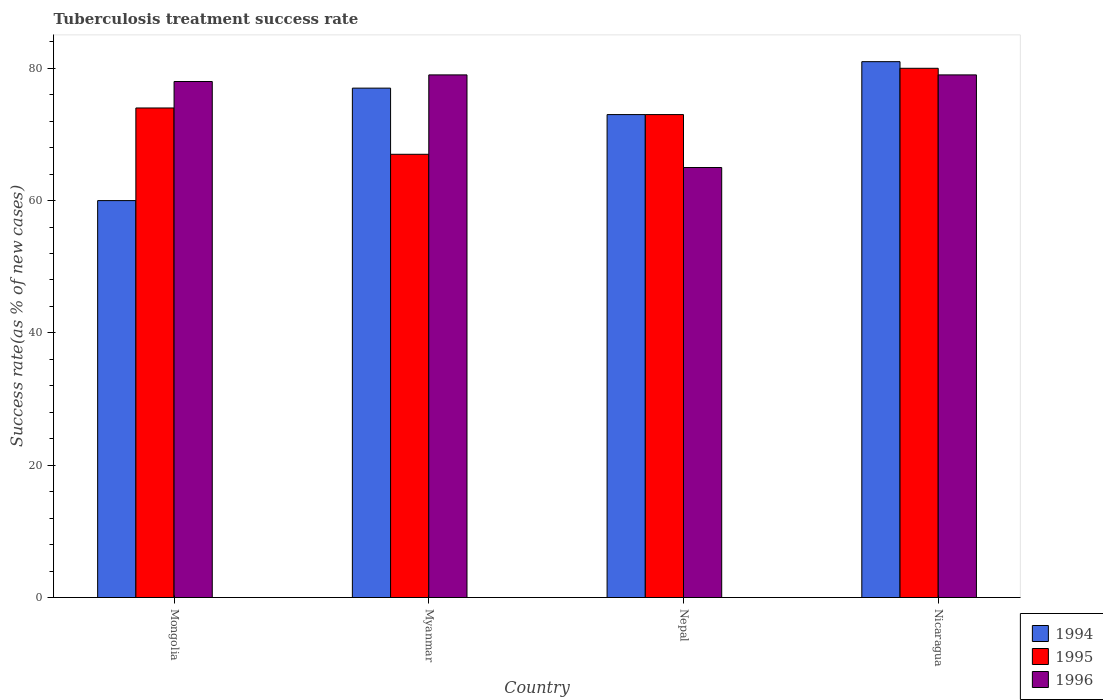
| Country | 1994 | 1995 | 1996 |
 | --- | --- | --- | --- |
 | Mongolia | 60 | 74 | 78 |
 | Myanmar | 77 | 67 | 79 |
 | Nepal | 73 | 73 | 65 |
 | Nicaragua | 81 | 80 | 79 |